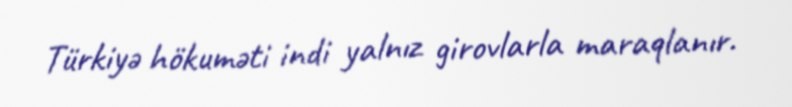
Türkiyə hökuməti indi yalnız girovlarla maraqlanır.